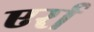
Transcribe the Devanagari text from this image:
एर्रा